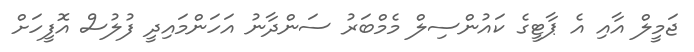
ޖަމީލް އާއި އެ ޕާޓީގެ ކައުންސިލް މެމްބަރު ސަންދާނު އަހަންމައިދީ ފުލުސް އޮފީހަށް